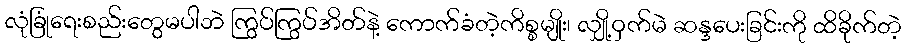
လုံခြုံရေးစည်းတွေမပါဘဲ ကြွပ်ကြွပ်အိတ်နဲ့ ကောက်ခံတဲ့ကိစ္စမျိုး၊ လျှို့ဝှက်မဲ ဆန္ဒပေးခြင်းကို ထိခိုက်တဲ့